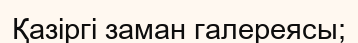
Қазіргі заман галереясы;